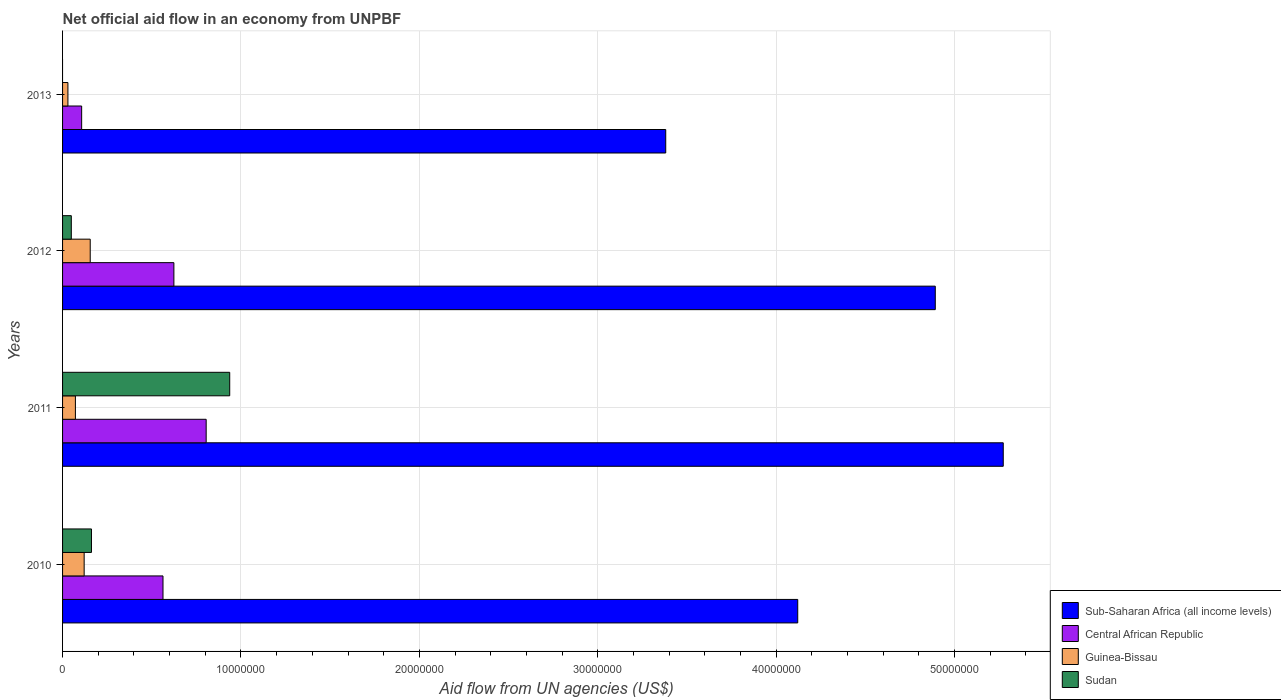
| Years | Sub-Saharan Africa (all income levels) | Central African Republic | Guinea-Bissau | Sudan |
 | --- | --- | --- | --- | --- |
 | 2010 | 4.12e+07 | 5.63e+06 | 1.21e+06 | 1.62e+06 |
 | 2011 | 5.27e+07 | 8.05e+06 | 7.2e+05 | 9.37e+06 |
 | 2012 | 4.89e+07 | 6.24e+06 | 1.55e+06 | 4.9e+05 |
 | 2013 | 3.38e+07 | 1.07e+06 | 3e+05 | -3.24e+06 |